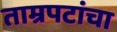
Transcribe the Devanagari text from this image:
ताम्रपटांचा